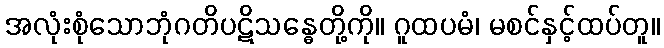
အလုံးစုံသောဘုံဂတိပဋိသန္ဓေတို့ကို။ ဂူထပမံ၊ မစင်နှင့်ထပ်တူ။